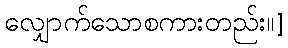
လျှောက်သောစကားတည်း၊၊]